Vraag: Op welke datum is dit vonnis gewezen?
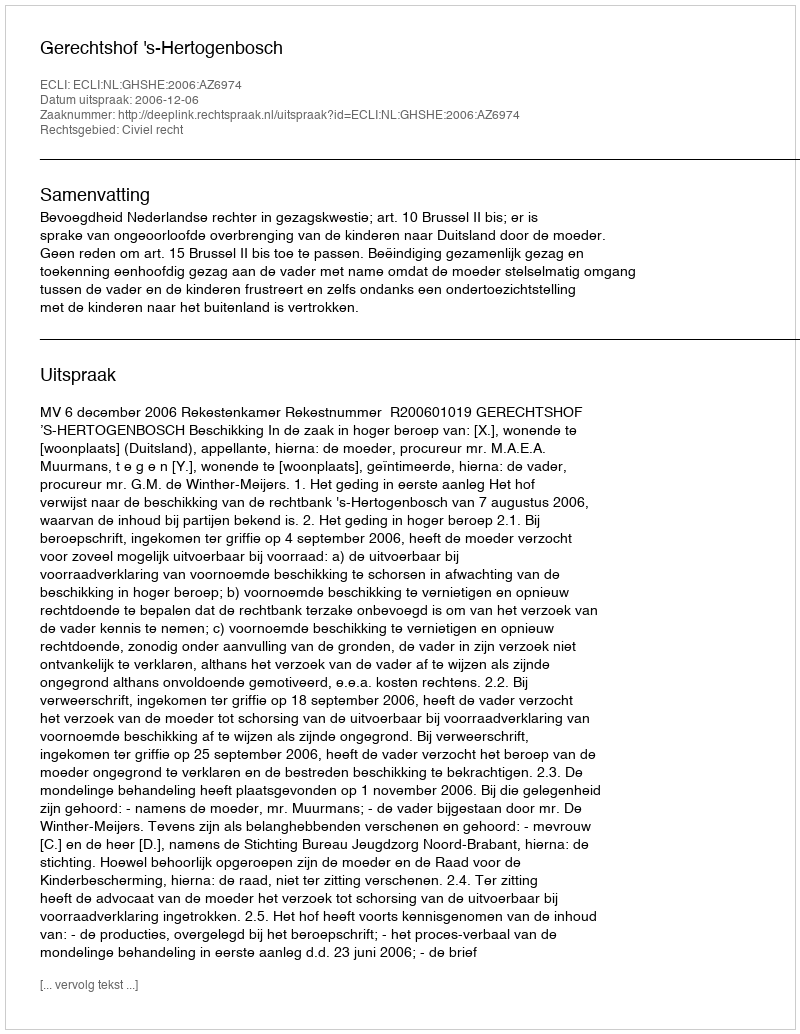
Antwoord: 2006-12-06